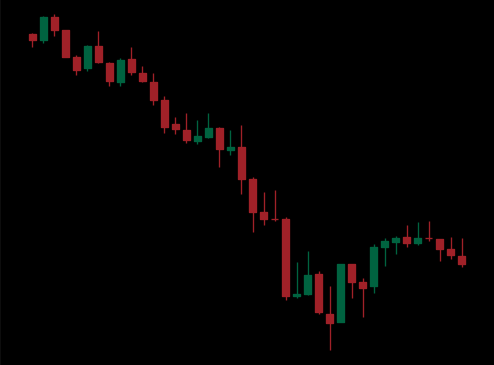
Pattern: bull_flag